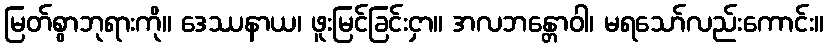
မြတ်စွာဘုရားကို။ ဒေဿနာယ၊ ဖူးမြင်ခြင်းငှာ။ အလဘန္တောဝါ၊ မရသော်လည်းကောင်း။